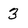
Character: 3